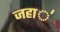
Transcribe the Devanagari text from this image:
जहा॑